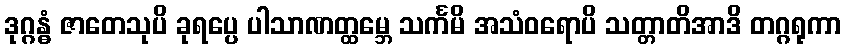
ဒုဂ္ဂန္ဓံ ဇာတေသုပိ ခုရပ္ပေ ပါသာဏတ္ထမ္ဘေ သင်္ကမိ အသံဝရောပိ သတ္တာတိအာဒိ တဂ္ဂရုကာ